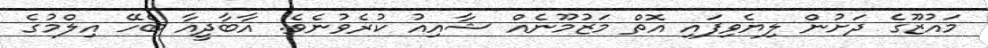
މައުޒޫގެ ދަށުން ލިޔެވިފައި އޮތް މަޒުމޫނެއް ޝާއިއު ކުރެވުނެވެ. އާބާދީއާ ބެހޭ އިލްމުގެ